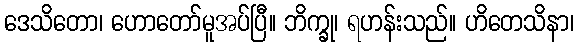
ဒေသိတော၊ ဟောတော်မူအပ်ပြီ။ ဘိက္ခု၊ ရဟန်းသည်။ ဟိတေသိနာ၊